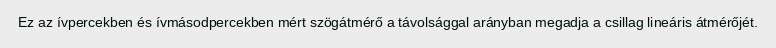
Ez az ívpercekben és ívmásodpercekben mért szögátmérő a távolsággal arányban megadja a csillag lineáris átmérőjét.